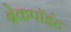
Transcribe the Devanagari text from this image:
ब्रेकपॉइंट